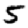
Digit: 5